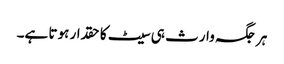
ہر جگہ وارث ہی سیٹ کا حقدار ہوتا ہے۔